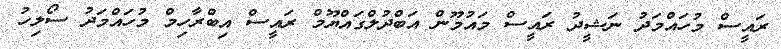
ރައީސް މުހައްމަދު ނަޝީދު ރައީސް މައުމޫން އަބްދުލްގައްޔޫމް ރައީސް އިބްރާހިމް މުހައްމަދު ސޯލިހު